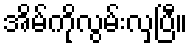
အိမ်ကိုလွမ်းလှပြီ။